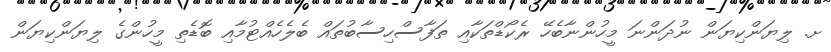
ށ. ލިޔަންކިޔަން ނުދަންނަ މީހުންނާބެހޭ ރެކޯޑްތަކާއި ތަފާސްހިސާބުތައް ބެލެހެއްޓުމާއި ބޮޑެތި މީހުންގެ ލިޔަންކިޔަން